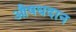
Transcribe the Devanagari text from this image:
औषधदान